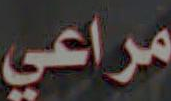
مراعي